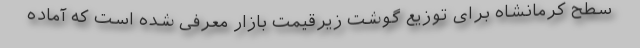
سطح کرمانشاه برای توزیع گوشت زیرقیمت بازار معرفی شده است که آماده